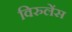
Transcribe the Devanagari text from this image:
विरुलेंस